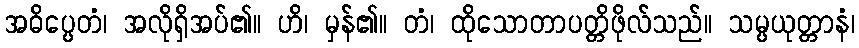
အဓိပ္ပေတံ၊ အလိုရှိအပ်၏။ ဟိ၊ မှန်၏။ တံ၊ ထိုသောတာပတ္တိဖိုလ်သည်။ သမ္ပယုတ္တာနံ၊